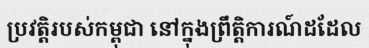
ប្រវត្តិរបស់កម្ពុជា នៅក្នុងព្រឹត្តិការណ៍ដដែល